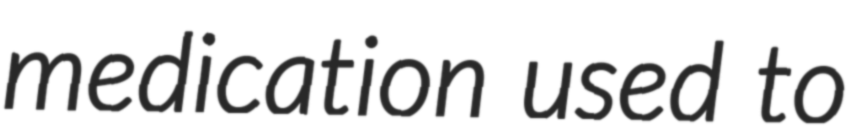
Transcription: medication used to